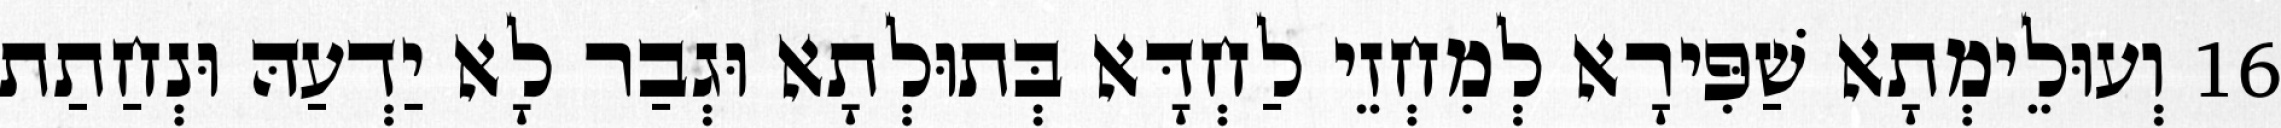
16 וְעוּלֵימְתָא שַׁפִּירָא לְמִחְזֵי לַחְדָּא בְּתוּלְתָא וּגְבַר לָא יַדְעַהּ וּנְחַתַת